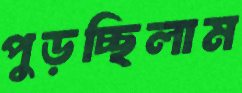
পুড়চ্ছিলাম